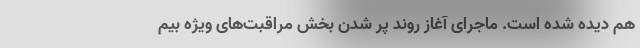
هم دیده شده است. ماجرای آغاز روند پر شدن بخش‌ مراقبت‌های ویژه بیم